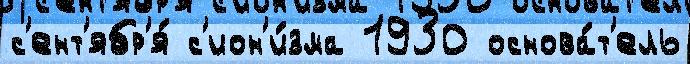
с'ент'ябр'я́ с'ион'и́зма 1930 основа́т'ель